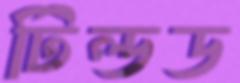
টিল্ডড